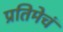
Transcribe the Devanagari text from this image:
प्रतिमेचं